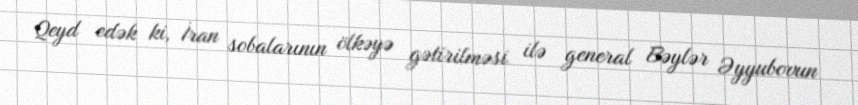
Qeyd edək ki, İran sobalarının ölkəyə gətirilməsi ilə general Bəylər Əyyubovun